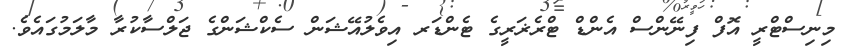
މިނިސްޓްރީ އޮފް ފިނޭންސް އެންޑް ޓްރެޜަރީގެ ޓެންޑަރ އިވެލުއޭޝަން ސެކްޝަންގެ ޖަލްސާކުރާ މާލަމުގައެވެ.